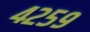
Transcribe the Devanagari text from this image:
४२५९